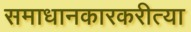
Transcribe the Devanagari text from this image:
समाधानकारकरीत्या